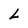
Character: L